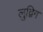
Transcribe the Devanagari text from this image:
लुद्विग